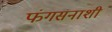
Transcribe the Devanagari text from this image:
फंगसनाशी